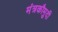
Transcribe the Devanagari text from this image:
मंत्रकौमुदी